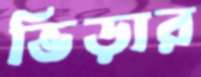
ভিড়ার